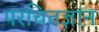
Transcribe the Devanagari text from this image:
परचितज्ञान